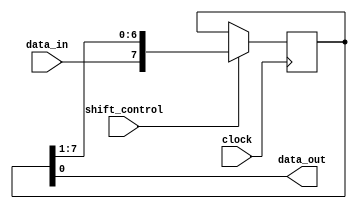
module piso_shift_register (
    input data_in,
    input clock,
    input shift_control,
    output reg data_out
);

reg [7:0] register;

always @(posedge clock) begin
    if (shift_control)
        register <= {data_in, register[7:1]};
end

assign data_out = register[0];

endmodule